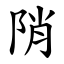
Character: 陗